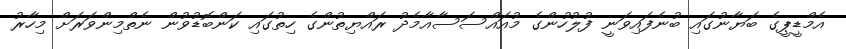
އެމްޑީޕީގެ ބަޔާނުގައި ބުނެފައިވަނީ ފުލުހުންގެ މުއައްސަސާއާމެދު ރައްޔިތުންގެ ހިތުގައި ކަންބޮޑުވުން ނެތްމިންވަރަށް މިހާރު